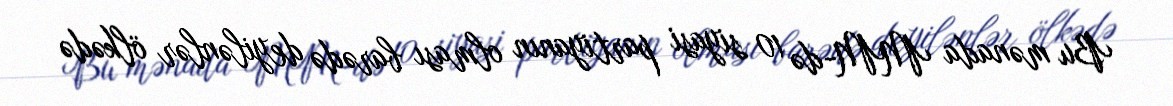
Bu mənada MM-də 10 siyasi partiyanın olması barədə deyilənlər ölkədə